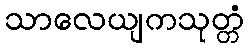
သာလေယျကသုတ္တံ